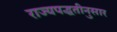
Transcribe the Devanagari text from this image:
राज्यपद्धतीनुसार